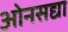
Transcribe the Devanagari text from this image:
ओनसद्या